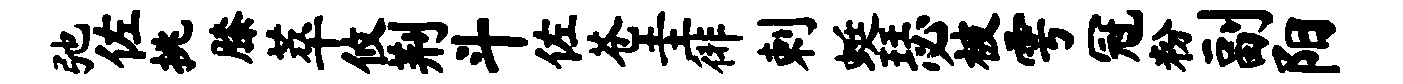
弛佐挑膝萃攸荆斗佐苍圭徘剌蜓瑟被雩冠粉副阳